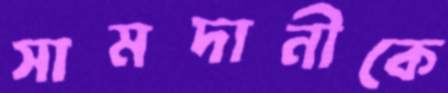
সামদানীকে